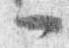
一